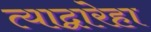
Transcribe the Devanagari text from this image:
त्याद्वारेहा